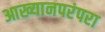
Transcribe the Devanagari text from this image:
आख्यानपरंपरा